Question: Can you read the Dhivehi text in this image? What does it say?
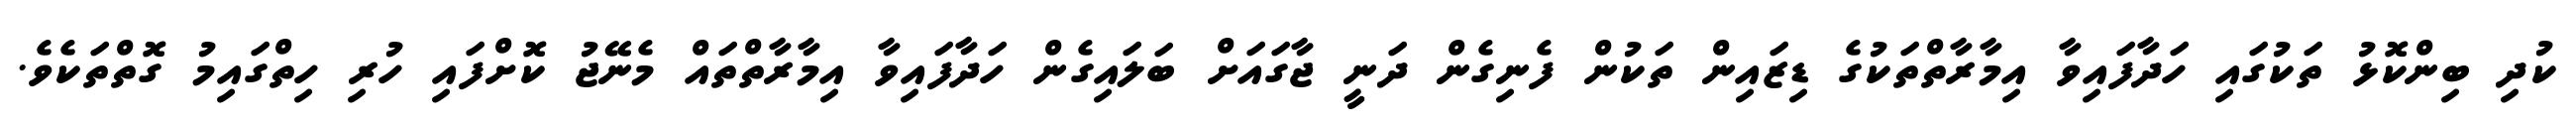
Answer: ކުދި ބިންކޮޅު ތަކުގައި ހަދާފައިވާ އިމާރާތްތަކުގެ ޑިޒައިން ތަކުން ފެނިގެން ދަނީ ޖާގައަށް ބަލައިގެން ހަދާފައިވާ އިމާރާތްތައް މެނޭޖު ކޮށްފައި ހުރި ހިތްގައިމު ގޮތްތަކެވެ.